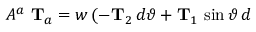
A ^ { a } \mathrm { \bf ~ T } _ { a } = w \, ( - { \bf T } _ { 2 } \, d \vartheta + { \bf T } _ { 1 } \, \sin \vartheta \, d